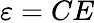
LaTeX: \varepsilon=CE